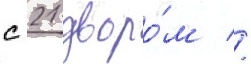
с 21 дворо́м //